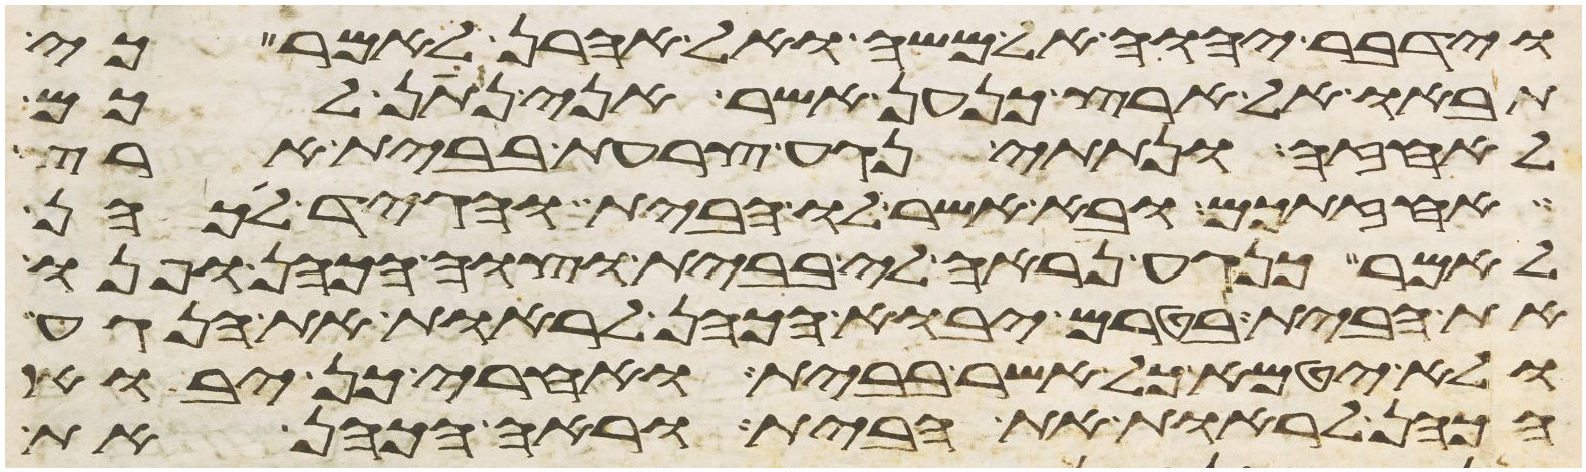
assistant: וידבר יהוה אל משה ואל אהרן לאמר כי
תבאו אל ארץ כנען אשר אני נתן לכם
לאחזה ונתתי נגע צרעת בבית ארץ
אחזתכם ובא אשר לו הבית והגיד לכהן
לאמר כנגע נראה לי בבית וצוה הכהן ופנו
את הבית בטרם יבוא הכהן לראות את הנגע
ולא יטמא כל אשר בבית ואחרי כן יבוא
הכהן לראות את הבית וראה הכהן את